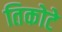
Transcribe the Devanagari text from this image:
तिकोटे